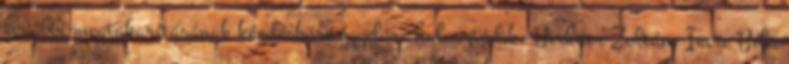
további megtakarításának kérdésköre egyelőre halasztódik. Birkner Zoltán: Imre Béla